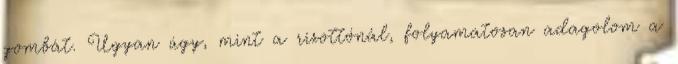
gombát. Ugyan úgy, mint a rizottónál, folyamatosan adagolom a